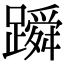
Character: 𬧓